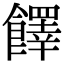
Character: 䭞